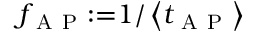
f _ { \mathrm { ~ A ~ P ~ } } { : = } 1 / \left\langle t _ { \mathrm { ~ A ~ P ~ } } \right\rangle